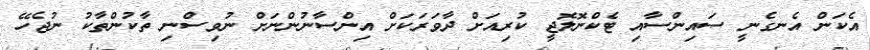
އެކަން އެނގެނީ ސައިންސާއި ޓެކްނޮލޮޖީ ކުރިއަށް ދާވަރަކަށް އިންސާނުންނަށް ނުވިސްނި ތާކުންތާކު ނުޖެހޭ